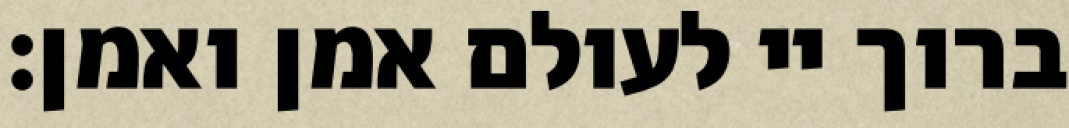
ברוך יי לעולם אמן ואמן: